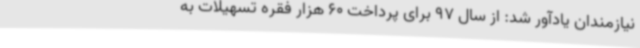
نیازمندان یادآور شد: از سال 97 برای پرداخت 60 هزار فقره تسهیلات به